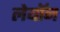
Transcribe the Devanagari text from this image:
लेयॉन